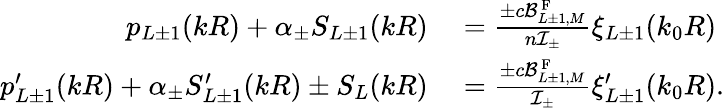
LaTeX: \begin{array}{rl}{p_{L\pm 1}(kR)+\alpha_{\pm}S_{L\pm 1}(kR)}&{{}=\frac{\pm c\mathcal{B}_{L\pm 1,M}^{\mathrm{~F~}}}{n{\cal I}_{\pm}}\xi_{L\pm 1}(k_{0}R)}\\ {p_{L\pm 1}^{\prime}(kR)+\alpha_{\pm}S_{L\pm 1}^{\prime}(kR)\pm S_{L}(kR)}&{{}=\frac{\pm c\mathcal{B}_{L\pm 1,M}^{\mathrm{~F~}}}{{\cal I}_{\pm}}\xi_{L\pm 1}^{\prime}(k_{0}R).}\end{array}